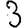
Digit: 3